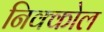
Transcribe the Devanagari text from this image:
निक्कोल